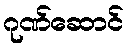
ဂုဏ်ဆောင်